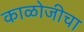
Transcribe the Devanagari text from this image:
काळोजीचा